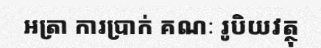
អត្រា ការប្រាក់ គណៈ រូបិយវត្ថុ